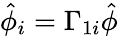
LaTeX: \hat{\phi}_{i}=\Gamma_{1i}\hat{\phi}